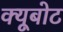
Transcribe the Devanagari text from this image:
क्यूबोट